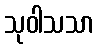
သုဝါသသာ